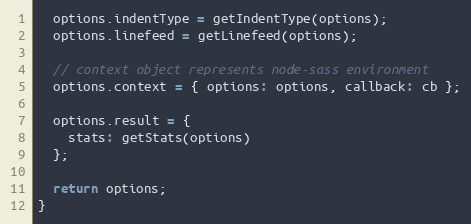
Language: JavaScript
  options.indentType = getIndentType(options);
  options.linefeed = getLinefeed(options);

  // context object represents node-sass environment
  options.context = { options: options, callback: cb };

  options.result = {
    stats: getStats(options)
  };

  return options;
}